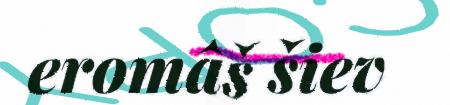
eromâš šiev